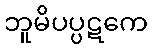
ဘူမိပပ္ပဋကေ